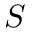
S